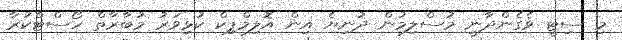
މި ސިޓީ ވެގެންދާނީ މުސްލިމުން ދުނިޔެ އިން އޮލިމްޕިކް ކުޅިވަރު މުބާރާތް ހޯސްޓްކުރާ